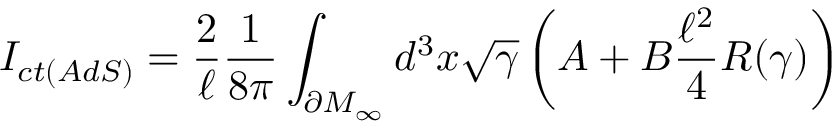
I _ { c t ( A d S ) } = \frac { 2 } { \ell } \frac { 1 } { 8 \pi } \int _ { \partial M _ { \infty } } d ^ { 3 } x \sqrt { \gamma } \left( A + B \frac { \ell ^ { 2 } } { 4 } R ( \gamma ) \right)